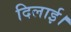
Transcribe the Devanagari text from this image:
दिलाई।